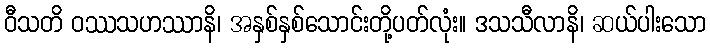
ဝီသတိ ဝဿသဟဿာနိ၊ အနှစ်နှစ်သောင်းတို့ပတ်လုံး။ ဒသသီလာနိ၊ ဆယ်ပါးသော